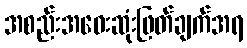
အစည်းအဝေးဆုံးဖြတ်ချက်အရ